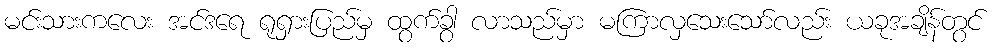
မင်းသားကလေး အင်ဒရေ ရုရှားပြည်မှ ထွက်ခွာ လာသည်မှာ မကြာလှသေးသော်လည်း ယခုအချိန်တွင်